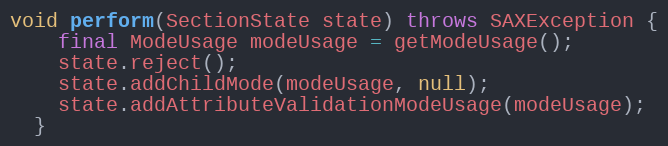
Language: Java
void perform(SectionState state) throws SAXException {
    final ModeUsage modeUsage = getModeUsage();
    state.reject();
    state.addChildMode(modeUsage, null);
    state.addAttributeValidationModeUsage(modeUsage);
  }